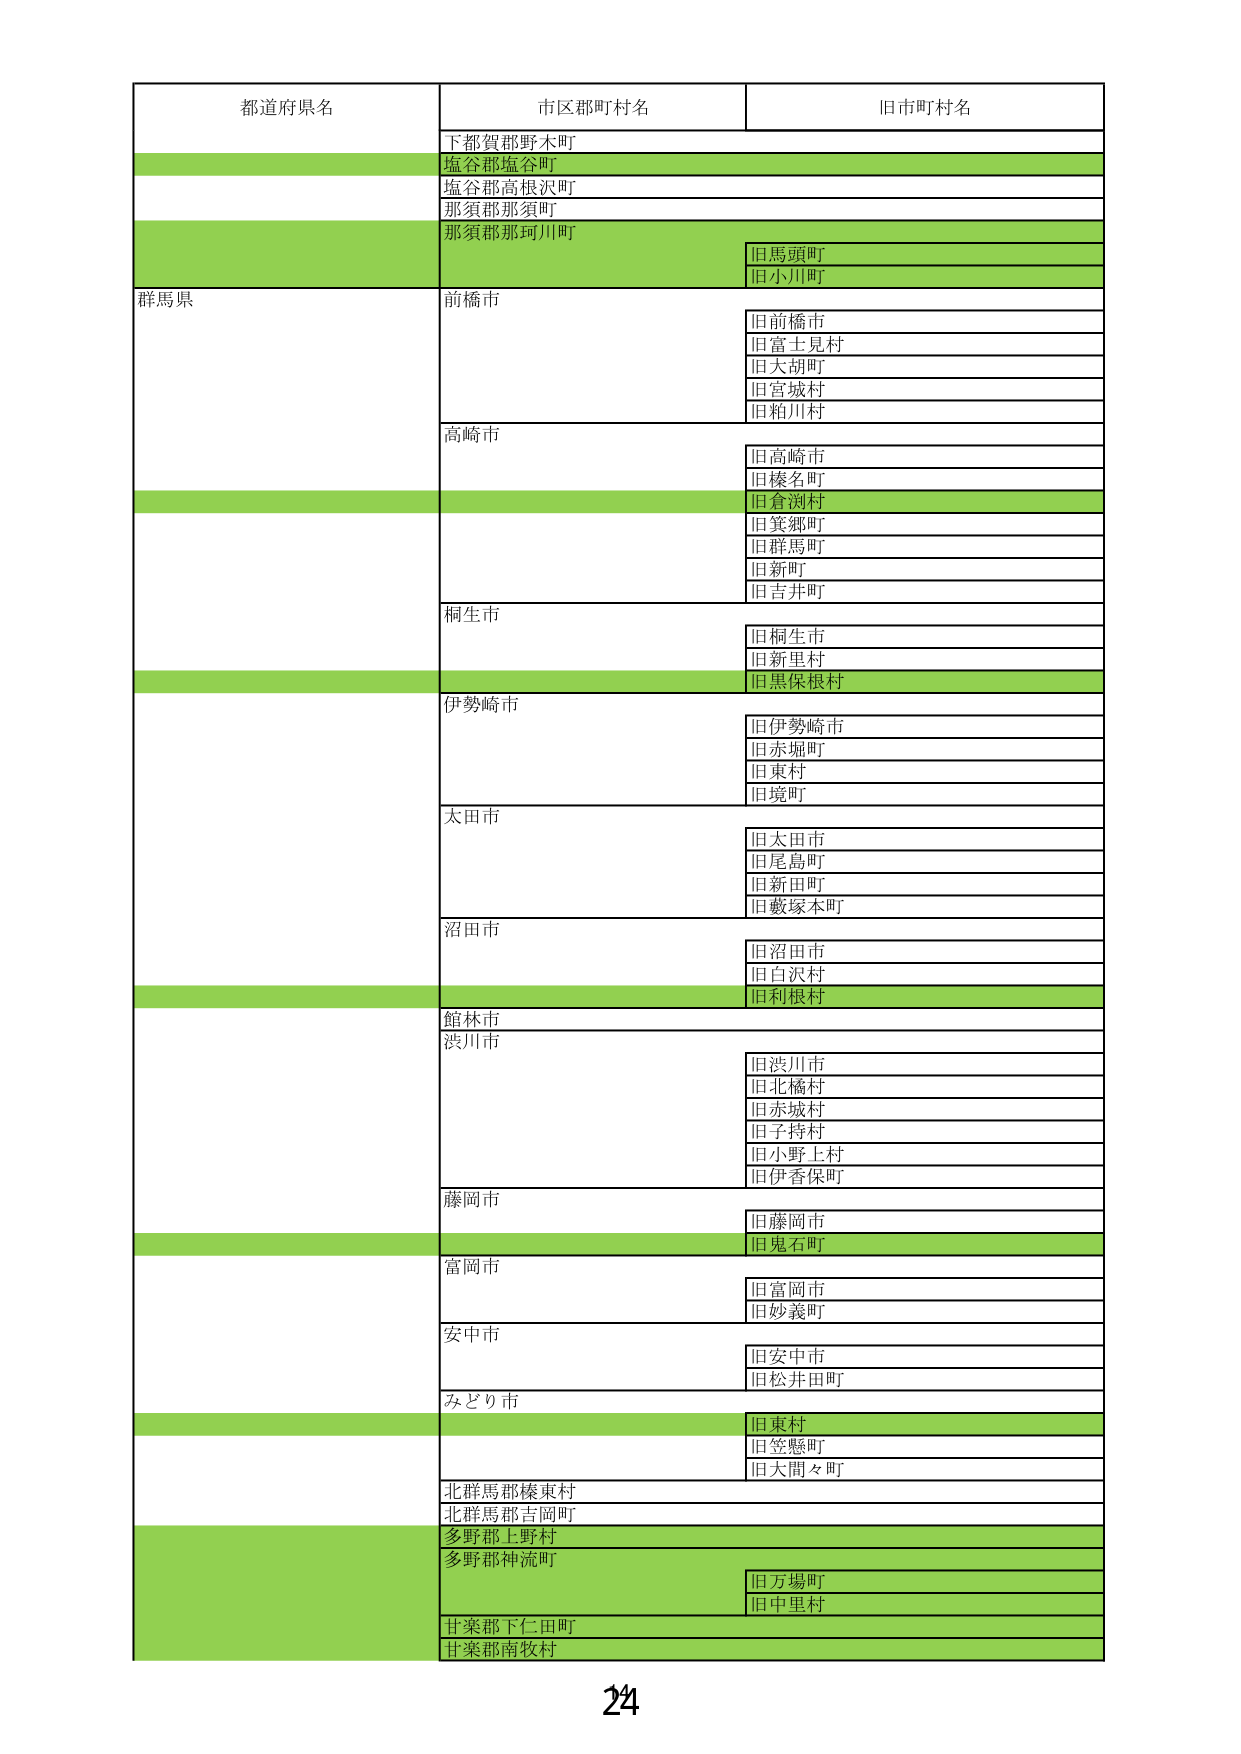
都道府県名 市区郡町村名 旧市町村名
下都賀郡野木町
塩谷郡塩谷町
塩谷郡高根沢町
那須郡那須町
那須郡那珂川町 旧馬頭町
旧小川町
群馬県 前橋市 旧前橋市
旧富士見村
旧大胡町
旧宮城村
旧粕川村
高崎市 旧高崎市
旧榛名町
旧倉渕村
旧箕郷町
旧群馬町
旧新町
旧吉井町
桐生市 旧桐生市
旧新里村
旧黒保根村
伊勢崎市 旧伊勢崎市
旧赤堀町
旧東村
旧境町
太田市 旧太田市
旧尾島町
旧新田町
旧藪塚本町
沼田市 旧沼田市
旧白沢村
旧利根村
館林市
渋川市 旧渋川市
旧北橘村
旧赤城村
旧子持村
旧小野上村
旧伊香保町
藤岡市 旧藤岡市
旧鬼石町
富岡市 旧富岡市
旧妙義町
安中市 旧安中市
旧松井田町
みどり市 旧東村
旧笠懸町
旧大間々町
北群馬郡榛東村
北群馬郡吉岡町
多野郡上野村
多野郡神流町 旧万場町
旧中里村
甘楽郡下仁田町
甘楽郡南牧村
24